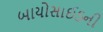
બાયોસાઈડની